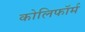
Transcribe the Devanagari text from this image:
कोलिफॉर्म